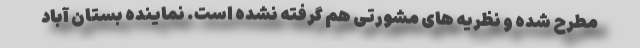
مطرح شده و نظریه های مشورتی هم گرفته نشده است. نماینده بستان آباد